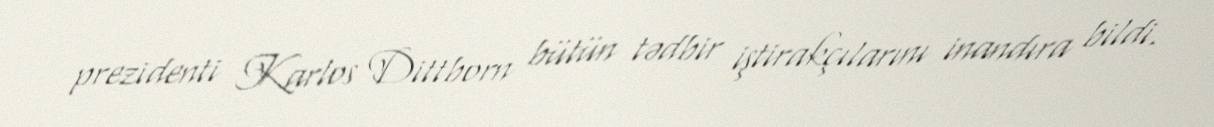
prezidenti Karlos Dittborn bütün tədbir iştirakçılarını inandıra bildi.